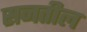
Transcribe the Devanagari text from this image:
सनतील